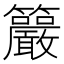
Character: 䉷